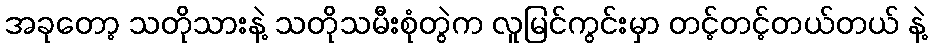
အခုတော့ သတိုသားနဲ့ သတိုသမီးစုံတွဲက လူမြင်ကွင်းမှာ တင့်တင့်တယ်တယ် နဲ့